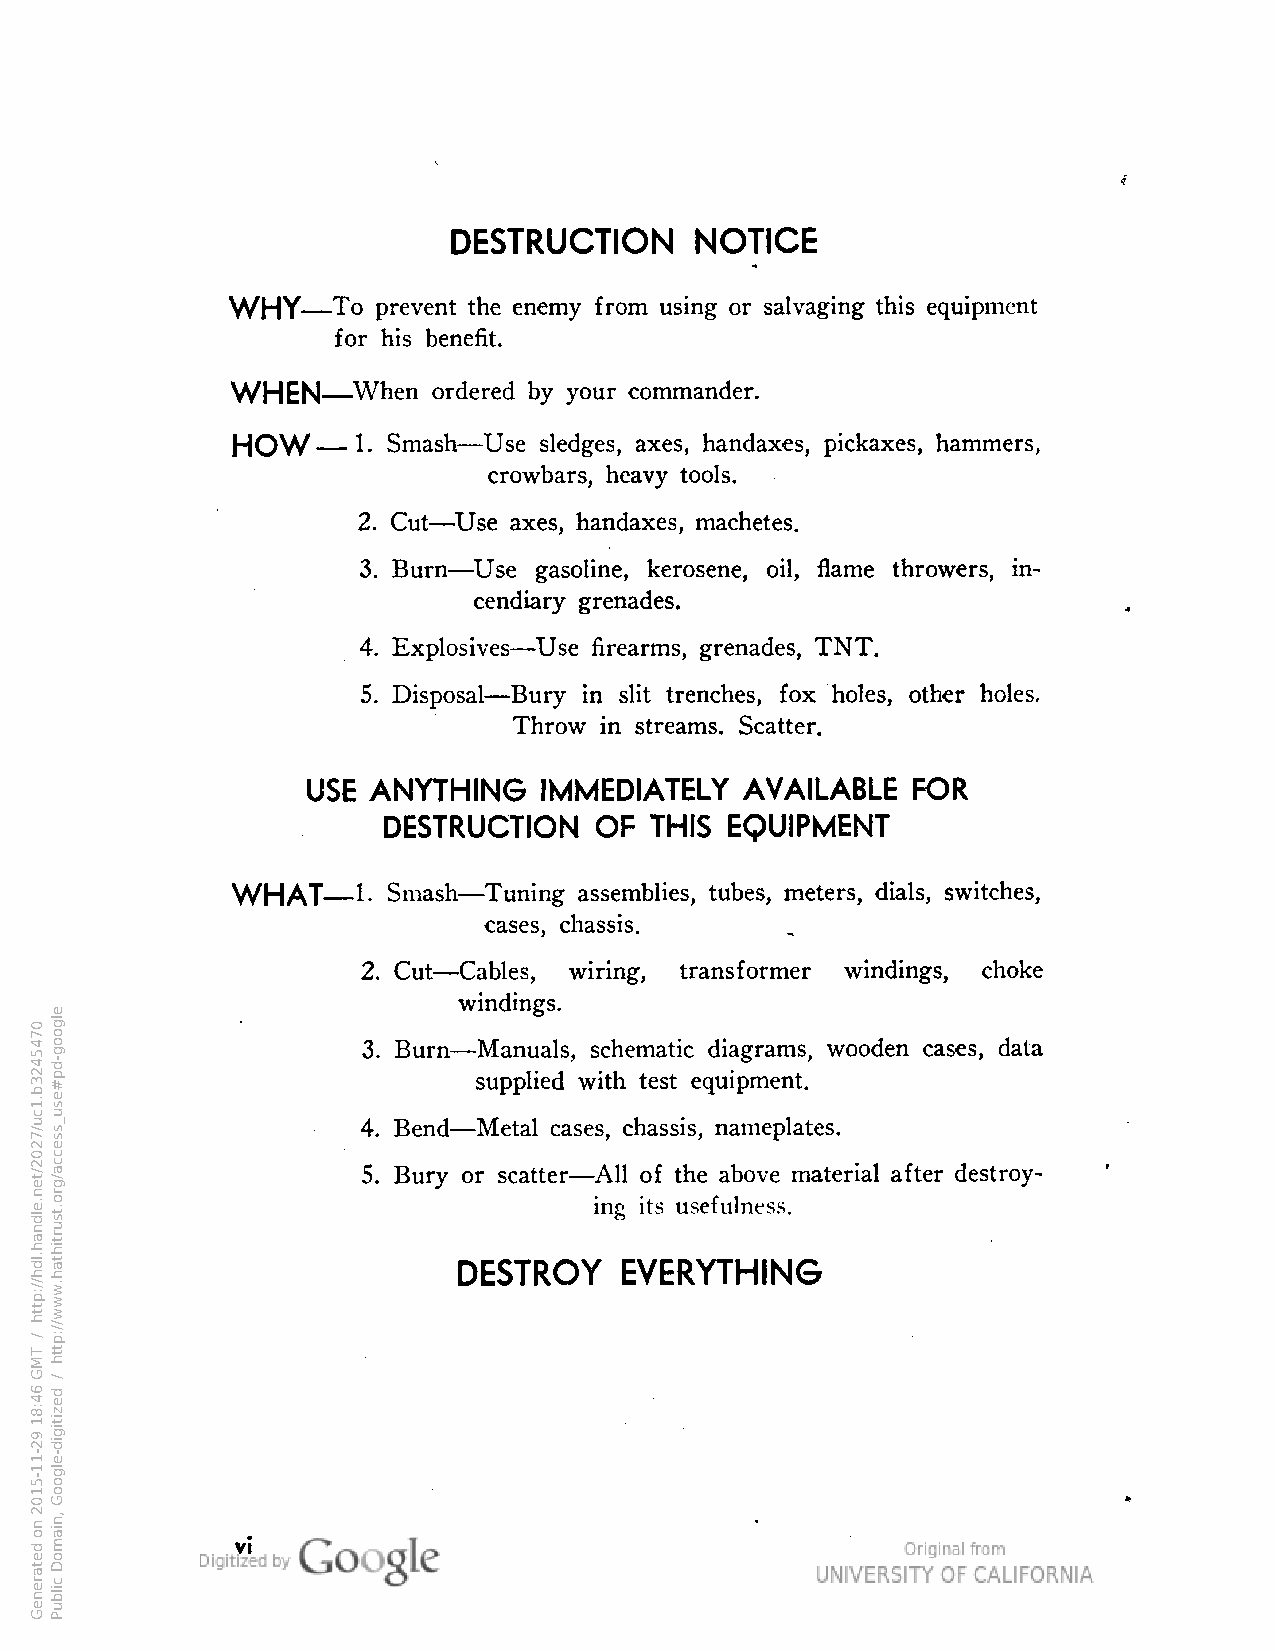
DESTRUCTION     NOTICE
 —
 To prevent the enemy from using or salvaging this equipment
 for his benefit.
 —
 WHEN    When  ordered by your commander.
 —        —
 HOW      1- Smash Use sledges, axes, handaxes, pickaxes, hammers,
 crowbars, heavy tools.
 —
 2. Cut Use axes, handaxes, machetes.
 —
 3. Burn Use gasoline, kerosene, oil, flame throwers, in
 cendiary grenades.
 4. Explosives — Use firearms, grenades, TNT.
 —
 5. Disposal Bury in slit trenches, fox holes, other holes.
 Throw in streams. Scatter.
 USE  ANYTHING   IMMEDIATELY  AVAILABLE  FOR
 DESTRUCTION   OF  THIS EQUIPMENT
 —        —
 WHAT     1- Smash Tuning assemblies, tubes, meters, dials, switches,
 cases, chassis.     .
 —
 2. Cut Cables, wiring, transformer windings, choke
 windings.
 —
 3. Burn Manuals, schematic diagrams, wooden cases, data
 supplied with test equipment.
 —
 4. Bend Metal cases, chassis, nameplates.
 5. Bury or
 scatter—All
 of the above material after destroy
 ing its usefulness.
 DESTROY    EVERYTHING
 VI
 0745423b.1cu/7202/ten.eldnah.ldh//:ptth
 /
 TMG
 64:81
 92-11-5102
 no
 detareneG
 elgoog-dp#esu_ssecca/gro.tsurtihtah.www//:ptth
 /
 dezitigid-elgooG
 ,niamoD
 cilbuP